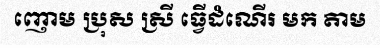
ញោម ប្រុស ស្រី ធ្វើដំណើរ មក តាម